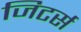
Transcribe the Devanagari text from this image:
जिटर्स